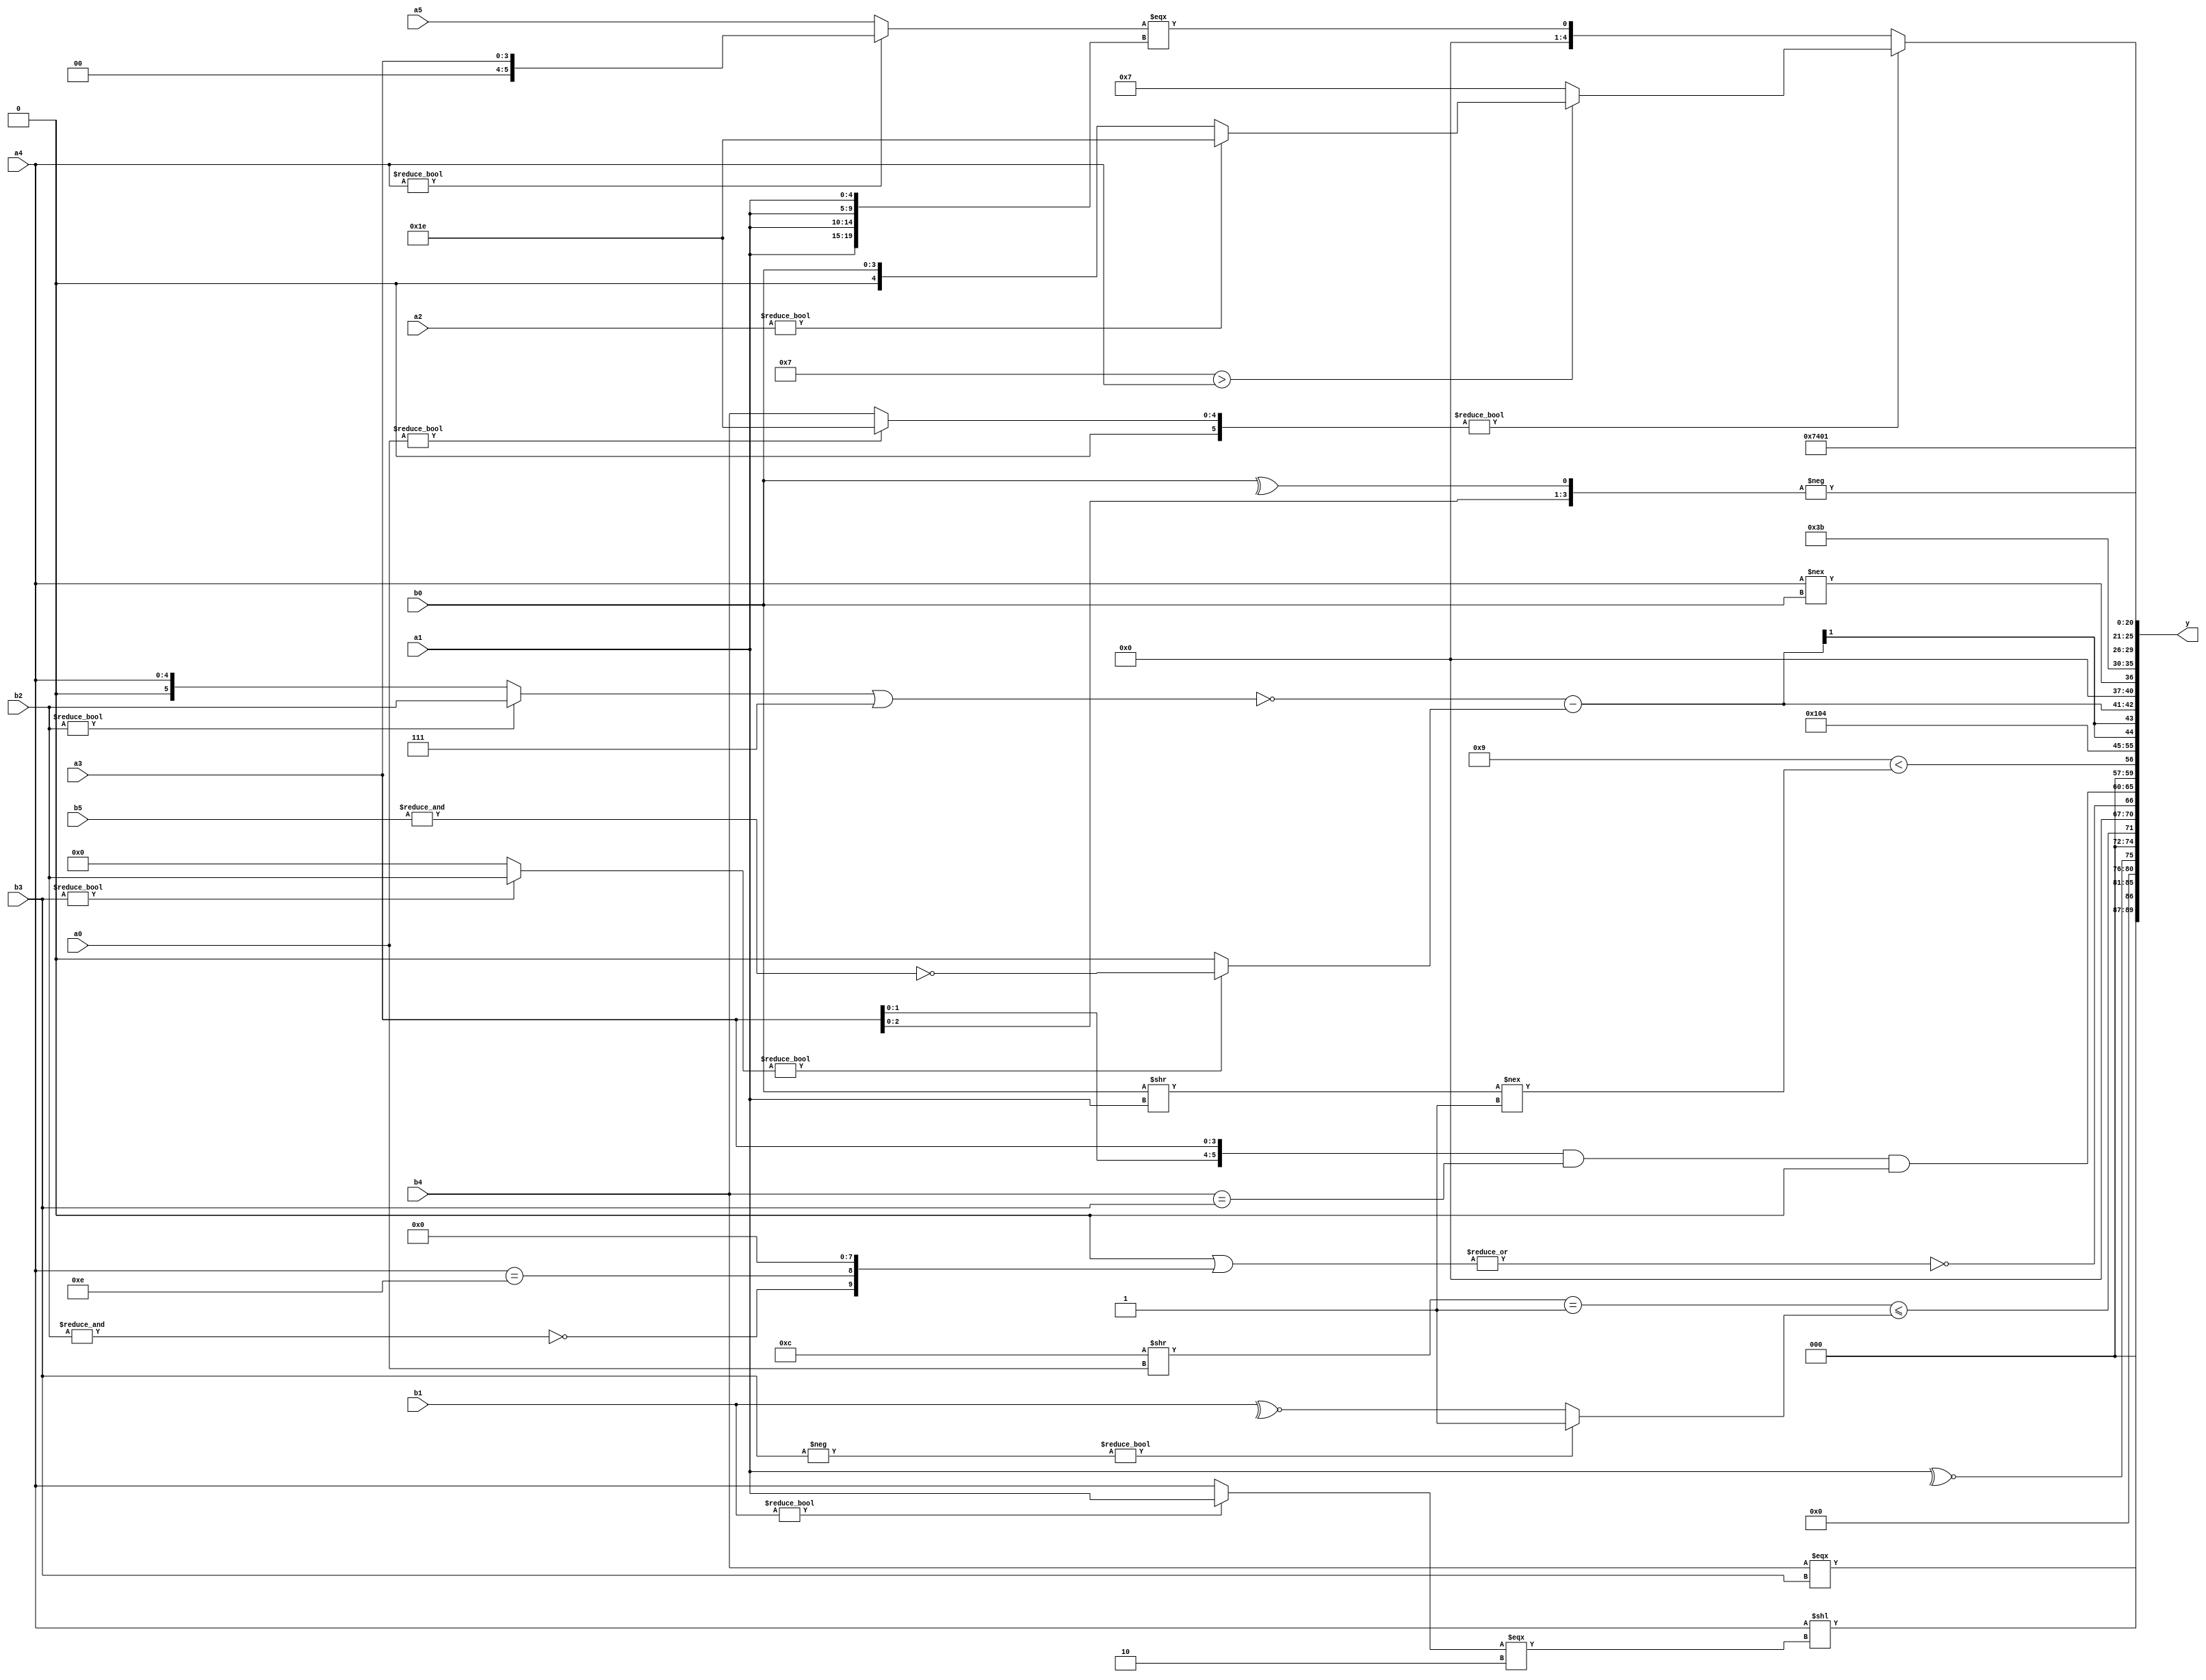
module expression_00300(a0, a1, a2, a3, a4, a5, b0, b1, b2, b3, b4, b5, y);
  input [3:0] a0;
  input [4:0] a1;
  input [5:0] a2;
  input signed [3:0] a3;
  input signed [4:0] a4;
  input signed [5:0] a5;

  input [3:0] b0;
  input [4:0] b1;
  input [5:0] b2;
  input signed [3:0] b3;
  input signed [4:0] b4;
  input signed [5:0] b5;

  wire [3:0] y0;
  wire [4:0] y1;
  wire [5:0] y2;
  wire signed [3:0] y3;
  wire signed [4:0] y4;
  wire signed [5:0] y5;
  wire [3:0] y6;
  wire [4:0] y7;
  wire [5:0] y8;
  wire signed [3:0] y9;
  wire signed [4:0] y10;
  wire signed [5:0] y11;
  wire [3:0] y12;
  wire [4:0] y13;
  wire [5:0] y14;
  wire signed [3:0] y15;
  wire signed [4:0] y16;
  wire signed [5:0] y17;

  output [89:0] y;
  assign y = {y0,y1,y2,y3,y4,y5,y6,y7,y8,y9,y10,y11,y12,y13,y14,y15,y16,y17};

  localparam [3:0] p0 = (~(2'd1));
  localparam [4:0] p1 = {4{((2'sd1)&&(-2'sd0))}};
  localparam [5:0] p2 = ((((-5'sd10)>>(-3'sd2))!=(3'd5))<<(-4'sd3));
  localparam signed [3:0] p3 = (|{{2{{(-4'sd0),(3'd2)}}},((+((4'd4)<<<(-2'sd0)))&{(^(5'sd0))})});
  localparam signed [4:0] p4 = {3{(~(|((5'sd0)>>(-4'sd0))))}};
  localparam signed [5:0] p5 = ((~&{2{((4'd11)?(3'd6):(-4'sd2))}})|(((2'sd0)?(3'd7):(4'd3))!=((3'd3)?(-5'sd0):(-5'sd15))));
  localparam [3:0] p6 = (({2{(5'd31)}}<{4{(-4'sd0)}})==(((-3'sd3)&&(2'd1))!=((-2'sd0)+(2'd0))));
  localparam [4:0] p7 = ({2{{(-2'sd0),(-3'sd1)}}}>({(-4'sd0),(4'sd0)}<={(4'sd3),(-2'sd1),(3'd0)}));
  localparam [5:0] p8 = ((6'd2 * (~|((3'd0)?(3'd0):(4'd2))))!=(!(2'sd0)));
  localparam signed [3:0] p9 = {3{(5'sd13)}};
  localparam signed [4:0] p10 = {(-4'sd3)};
  localparam signed [5:0] p11 = (((4'sd0)?(5'd9):(-4'sd2))?((3'd4)|(-2'sd1)):((3'd1)!==(3'd7)));
  localparam [3:0] p12 = {(4'd9),(5'd28)};
  localparam [4:0] p13 = ((|(~&((2'sd0)>>>(2'd0))))<<<({(4'sd3),(2'sd1)}|(~|(-2'sd1))));
  localparam [5:0] p14 = (5'd16);
  localparam signed [3:0] p15 = (2'd0);
  localparam signed [4:0] p16 = (~((^(-4'sd6))+(!(-(-5'sd0)))));
  localparam signed [5:0] p17 = (~&((-((3'sd0)==(3'sd1)))-((+(3'd2))^{1{(5'd23)}})));

  assign y0 = (~&(!(&(b4===b3))));
  assign y1 = (((4'd10)?(a4):(p5==b5))<<$signed(((b1?a1:a4)===(5'sd2))));
  assign y2 = ((2'sd0)?(4'd14):(~^(p11?a1:b0)));
  assign y3 = ((($signed($signed((p12>>a0)))==(-2'sd1))<=$unsigned((|(^((-b3)?(~&p5):(~^b1)))))));
  assign y4 = (~|$signed(({3{(^{4{p8}})}}|$unsigned({(~&$signed(b2)),(a4==p0),{2{p15}}}))));
  assign y5 = (({4{a3}}&(b4==b3))&(-2'sd0));
  assign y6 = {((5'd9)<((b0>>a1)!==(3'sd1)))};
  assign y7 = {$signed(((2'd1)>(~(5'd31)))),(-2'sd0)};
  assign y8 = (((4'd4)));
  assign y9 = ((!((b2?b2:a4)|(p14?p4:a1)))-((b3?b2:p15)?(~&b5):{3{p13}}));
  assign y10 = (((a4))!==$unsigned({b0}));
  assign y11 = (-4'sd5);
  assign y12 = $signed((-$unsigned({(!(|{3{p17}})),({3{a3}}),(^{$signed(b0)})})));
  assign y13 = (((p7<p14)?(a0?p16:b4):(b5?p0:p8))?((p4>a4)?(a2?p16:b0):(p4<<<p2)):((a4?a3:a5)==={4{a1}}));
  assign y14 = (3'd0);
  assign y15 = (~(!((p4+p1)>>>(-5'sd7))));
  assign y16 = {{b4,p10,p15}};
  assign y17 = (2'd1);
endmodule